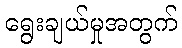
ရွေးချယ်မှုအတွက်